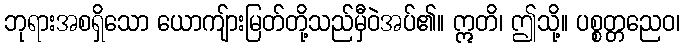
ဘုရားအစရှိသော ယောကျ်ားမြတ်တို့သည်မှီဝဲအပ်၏။ ဣတိ၊ ဤသို့။ ပစ္စတ္တညေဝ၊